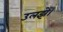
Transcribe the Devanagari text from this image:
उलझे।